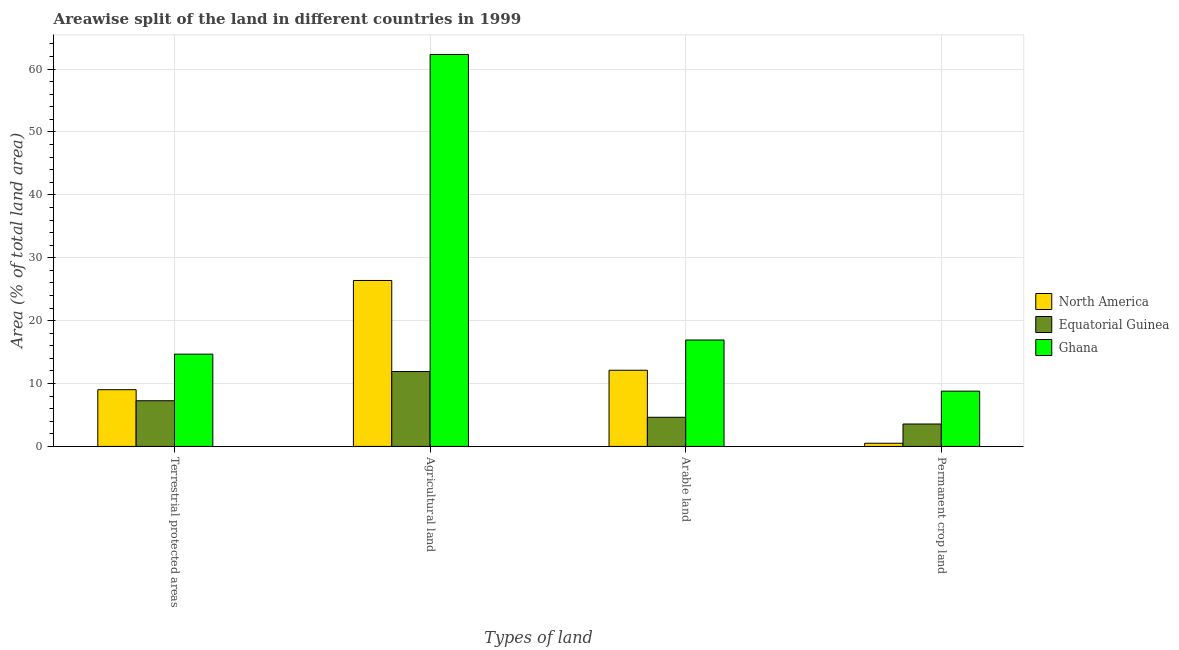
| Types of land | North America | Equatorial Guinea | Ghana |
 | --- | --- | --- | --- |
 | Terrestrial protected areas | 9.02 | 7.26 | 14.7 |
 | Agricultural land | 26.4 | 11.9 | 62.3 |
 | Arable land | 12.1 | 4.63 | 16.9 |
 | Permanent crop land | 0.504 | 3.57 | 8.79 |